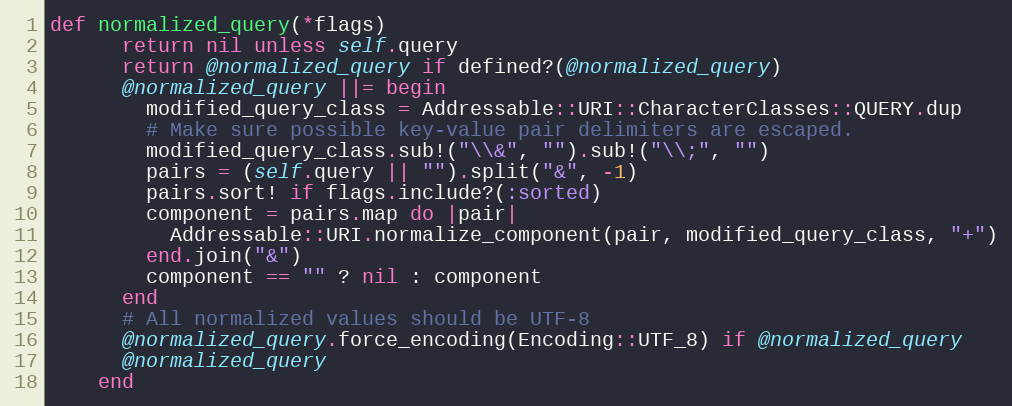
Language: Ruby
def normalized_query(*flags)
      return nil unless self.query
      return @normalized_query if defined?(@normalized_query)
      @normalized_query ||= begin
        modified_query_class = Addressable::URI::CharacterClasses::QUERY.dup
        # Make sure possible key-value pair delimiters are escaped.
        modified_query_class.sub!("\\&", "").sub!("\\;", "")
        pairs = (self.query || "").split("&", -1)
        pairs.sort! if flags.include?(:sorted)
        component = pairs.map do |pair|
          Addressable::URI.normalize_component(pair, modified_query_class, "+")
        end.join("&")
        component == "" ? nil : component
      end
      # All normalized values should be UTF-8
      @normalized_query.force_encoding(Encoding::UTF_8) if @normalized_query
      @normalized_query
    end